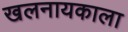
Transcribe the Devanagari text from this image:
खलनायकाला